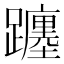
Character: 躔